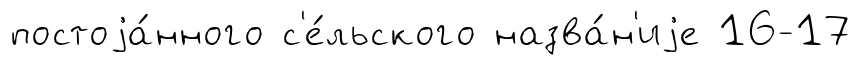
постоjа́нного с'е́льского назва́н'иjе 16-17